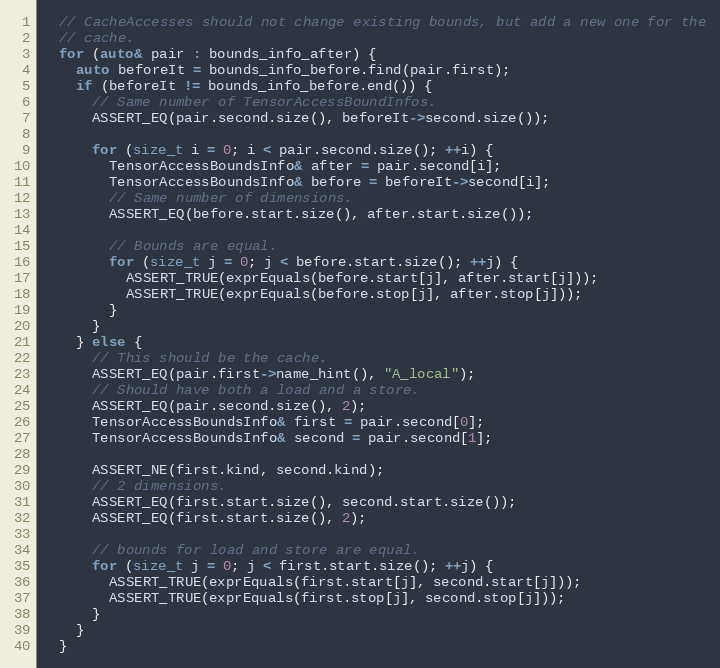
Language: C++
  // CacheAccesses should not change existing bounds, but add a new one for the
  // cache.
  for (auto& pair : bounds_info_after) {
    auto beforeIt = bounds_info_before.find(pair.first);
    if (beforeIt != bounds_info_before.end()) {
      // Same number of TensorAccessBoundInfos.
      ASSERT_EQ(pair.second.size(), beforeIt->second.size());

      for (size_t i = 0; i < pair.second.size(); ++i) {
        TensorAccessBoundsInfo& after = pair.second[i];
        TensorAccessBoundsInfo& before = beforeIt->second[i];
        // Same number of dimensions.
        ASSERT_EQ(before.start.size(), after.start.size());

        // Bounds are equal.
        for (size_t j = 0; j < before.start.size(); ++j) {
          ASSERT_TRUE(exprEquals(before.start[j], after.start[j]));
          ASSERT_TRUE(exprEquals(before.stop[j], after.stop[j]));
        }
      }
    } else {
      // This should be the cache.
      ASSERT_EQ(pair.first->name_hint(), "A_local");
      // Should have both a load and a store.
      ASSERT_EQ(pair.second.size(), 2);
      TensorAccessBoundsInfo& first = pair.second[0];
      TensorAccessBoundsInfo& second = pair.second[1];

      ASSERT_NE(first.kind, second.kind);
      // 2 dimensions.
      ASSERT_EQ(first.start.size(), second.start.size());
      ASSERT_EQ(first.start.size(), 2);

      // bounds for load and store are equal.
      for (size_t j = 0; j < first.start.size(); ++j) {
        ASSERT_TRUE(exprEquals(first.start[j], second.start[j]));
        ASSERT_TRUE(exprEquals(first.stop[j], second.stop[j]));
      }
    }
  }